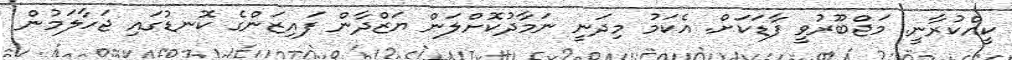
ކީއްކުރާނީ. މަޖްބޫރުވީ ފާޑަކަށް. އެކަމު މިދަނީ ނަމާދުކޮށްލަން ޔަޒްދާން ފައިޒަންގެ ކޮނޑުގައި ޖަހާލަމުން